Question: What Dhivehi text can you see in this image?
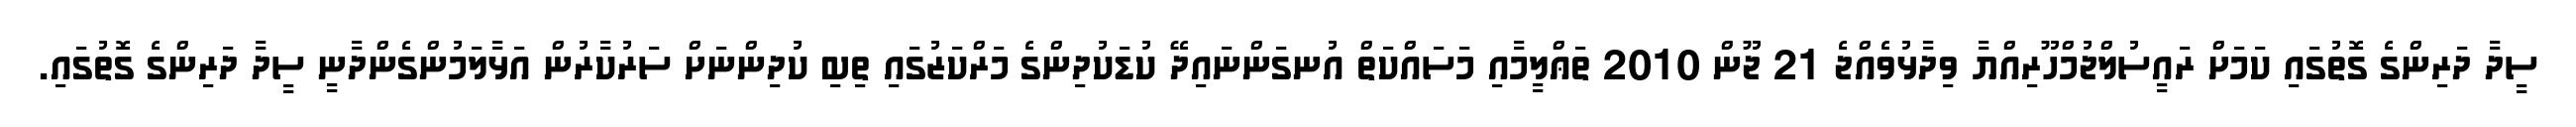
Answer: ސީދާ ދަރިންގެ ގޮތުގައި ކަމަށް ރައީސުލްޖުމްހޫރިއްޔާ ވިދާޅުވެއްޖެ 21 ޖޫން 2010 ތަޢްލީމާއި މަސައްކަތް އުނގަންނައިދޭ ކުޑަކުދިންގެ މަރްކަޒުގައި ތިބި ކުދިންނަށް ސަރުކާރުން އަޅާލަމުންގެންދާނީ ސީދާ ދަރިންގެ ގޮތުގައި.